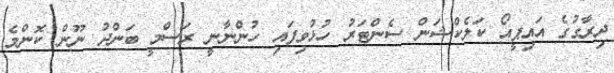
ދިރާގުގެ އައިޕީއޯ ކަލެކްޝަން ސެންޓަރު ހުޅުވިފައި ހުންނާނީ ރަސްމީ ބަންދު ނޫން ކޮންމެ